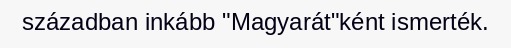
században inkább "Magyarát"ként ismerték.